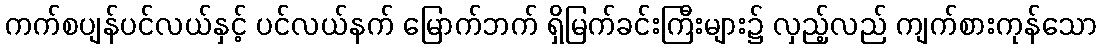
ကက်စပျန်ပင်လယ်နှင့် ပင်လယ်နက် မြောက်ဘက် ရှိမြက်ခင်းကြီးများ၌ လှည့်လည် ကျက်စားကုန်သော